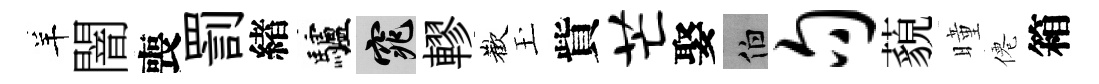
羊闇喪罰緖驢窕轇歡玉貲芒娶伯句藐曈僊箱